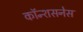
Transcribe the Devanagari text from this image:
कॉन्शसनेस